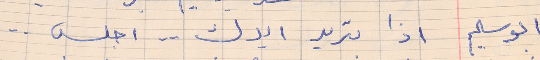
ابو سليم     اذا بتريد ايدك  . . اجلس . .